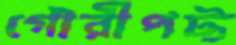
গৌরীপট্ট